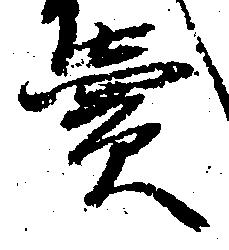
売